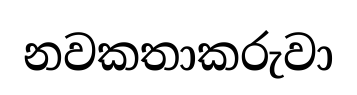
නවකතාකරුවා